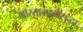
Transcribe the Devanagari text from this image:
भारतामध्येसुद्धा